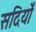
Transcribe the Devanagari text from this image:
सदियोँ